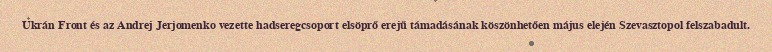
Ukrán Front és az Andrej Jerjomenko vezette hadseregcsoport elsöprő erejű támadásának köszönhetően május elején Szevasztopol felszabadult.